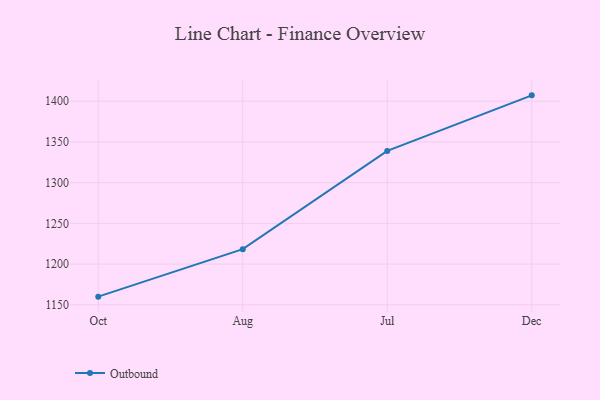
{"axis": {"x": "Month", "y": "Page Views"}, "legend": ["Outbound"], "data": [{"x": "Oct", "y": 1160.0, "type": "Outbound"}, {"x": "Aug", "y": 1218.3, "type": "Outbound"}, {"x": "Jul", "y": 1339.0, "type": "Outbound"}, {"x": "Dec", "y": 1407.2, "type": "Outbound"}]}